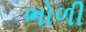
ભોળી